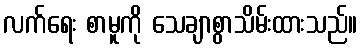
လက်ရေး စာမူကို သေချာစွာသိမ်းထားသည်။